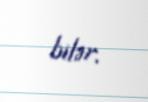
bilər.